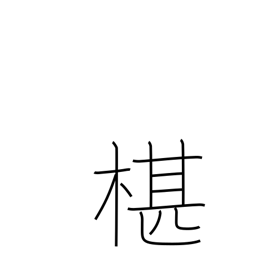
Meaning: type of cypress